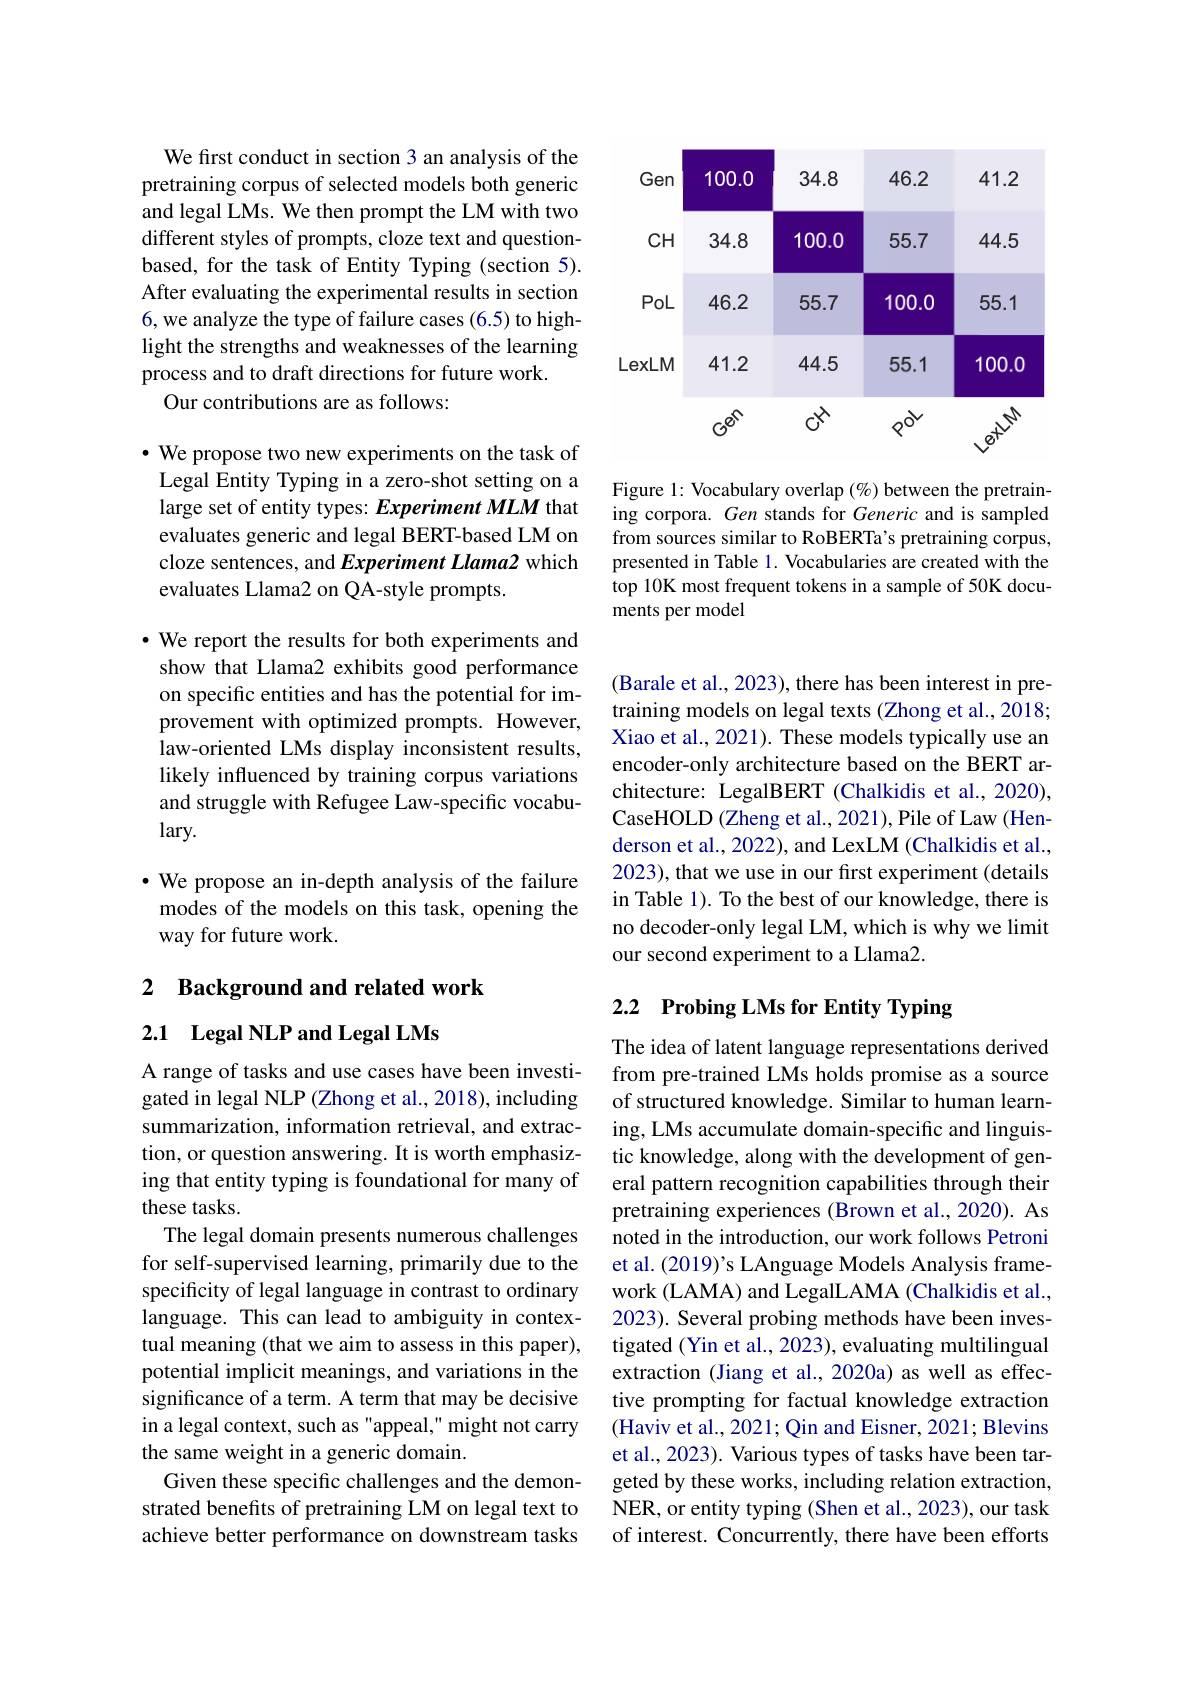
<FigureHere>

Figure 1: Vocabulary overlap (%) between the pretraining corpora. Gen stands for Generic and is sampled from sources similar to RoBERTa's pretraining corpus, presented in Table 1. Vocabularies are created with the top 10K most frequent tokens in a sample of 50K documents per model

We first conduct in section 3 an analysis of the pretraining corpus of selected models both generic and legal LMs. We then prompt the LM with two different styles of prompts, cloze text and questionbased, for the task of Entity Typing (section 5). After evaluating the experimental results in section 6, we analyze the type of failure cases (6.5) to highlight the strengths and weaknesses of the learning process and to draft directions for future work.
Our contributions are as follows:

$\cdot$ We propose two new experiments on the task of Legal Entity Typing in a zero-shot setting on a large set of entity types: Experiment MLM that evaluates generic and legal BERT-based LM on cloze sentences, and Experiment Llama2 which evaluates Llama2 on QA-style prompts.

$\cdot$ We report the results for both experiments and show that Llama2 exhibits good performance on specific entities and has the potential for improvement with optimized prompts. However, law-oriented LMs display inconsistent results, likely influenced by training corpus variations and struggle with Refugee Law-specific vocabulary.

·We propose an in-depth analysis of the failure modes of the models on this task, opening the way for future work.

2 Background and related work

2.1 Legal NLP and Legal LMs

A range of tasks and use cases have been investigated in legal NLP (Zhong et al., 2018), including summarization, information retrieval, and extraction, or question answering. It is worth emphasizing that entity typing is foundational for many of these tasks.
The legal domain presents numerous challenges for self-supervised learning, primarily due to the specificity of legal language in contrast to ordinary language. This can lead to ambiguity in contextual meaning (that we aim to assess in this paper), potential implicit meanings, and variations in the significance of a term. A term that may be decisive in a legal context, such as "appeal," might not carry the same weight in a generic domain.
Given these specific challenges and the demonstrated benefits of pretraining LM on legal text to achieve better performance on downstream tasks

(Barale et al., 2023), there has been interest in pretraining models on legal texts (Zhong et al., 2018; Xiao et al., 2021). These models typically use an encoder-only architecture based on the BERT architecture: LegalBERT (Chalkidis et al., 2020), CaseHOLD (Zheng et al., 2021), Pile of Law (Henderson et al., 2022), and LexLM (Chalkidis et al., 2023), that we use in our first experiment (details in Table 1). To the best of our knowledge, there is no decoder-only legal LM, which is why we limit our second experiment to a Llama2.

# 2.2 Probing LMs for Entity Typing

The idea of latent language representations derived from pre-trained LMs holds promise as a source of structured knowledge. Similar to human learning, LMs accumulate domain-specific and linguistic knowledge, along with the development of general pattern recognition capabilities through their pretraining experiences (Brown et al., 2020). As noted in the introduction, our work follows Petroni et al. (2019)'s LAnguage Models Analysis framework (LAMA) and LegalLAMA (Chalkidis et al., 2023). Several probing methods have been investigated (Yin et al., 2023), evaluating multilingual extraction (Jiang et al., 2020a) as well as effective prompting for factual knowledge extraction (Haviv et al., 2021; Qin and Eisner, 2021; Blevins et al., 2023). Various types of tasks have been targeted by these works, including relation extraction, NER, or entity typing (Shen et al., 2023), our task of interest. Concurrently, there have been efforts